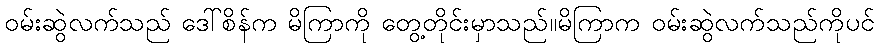
ဝမ်းဆွဲလက်သည် ဒေါ်စိန်က မိကြာကို တွေ့တိုင်းမှာသည်။မိကြာက ဝမ်းဆွဲလက်သည်ကိုပင်